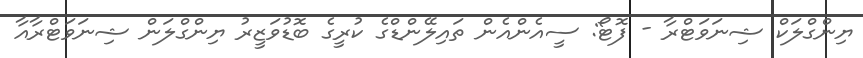
ޔިންގްލަކް ޝިނަވަޓްރާ - ފޮޓޯ: ސީއެންއެން ތައިލޭންޑްގެ ކުރީގެ ބޮޑުވަޒީރު ޔިންގްލަން ޝިނަވަޓްރާއާ